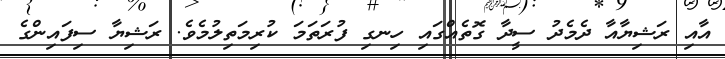
އާއި ރަޝިޔާއާ ދެމެދު ސީދާ ގޮތެއްގައި ހިނގި ފުރަތަމަ ކުރިމަތިލުމެވެ. ރަޝިޔާ ސިފައިންގެ